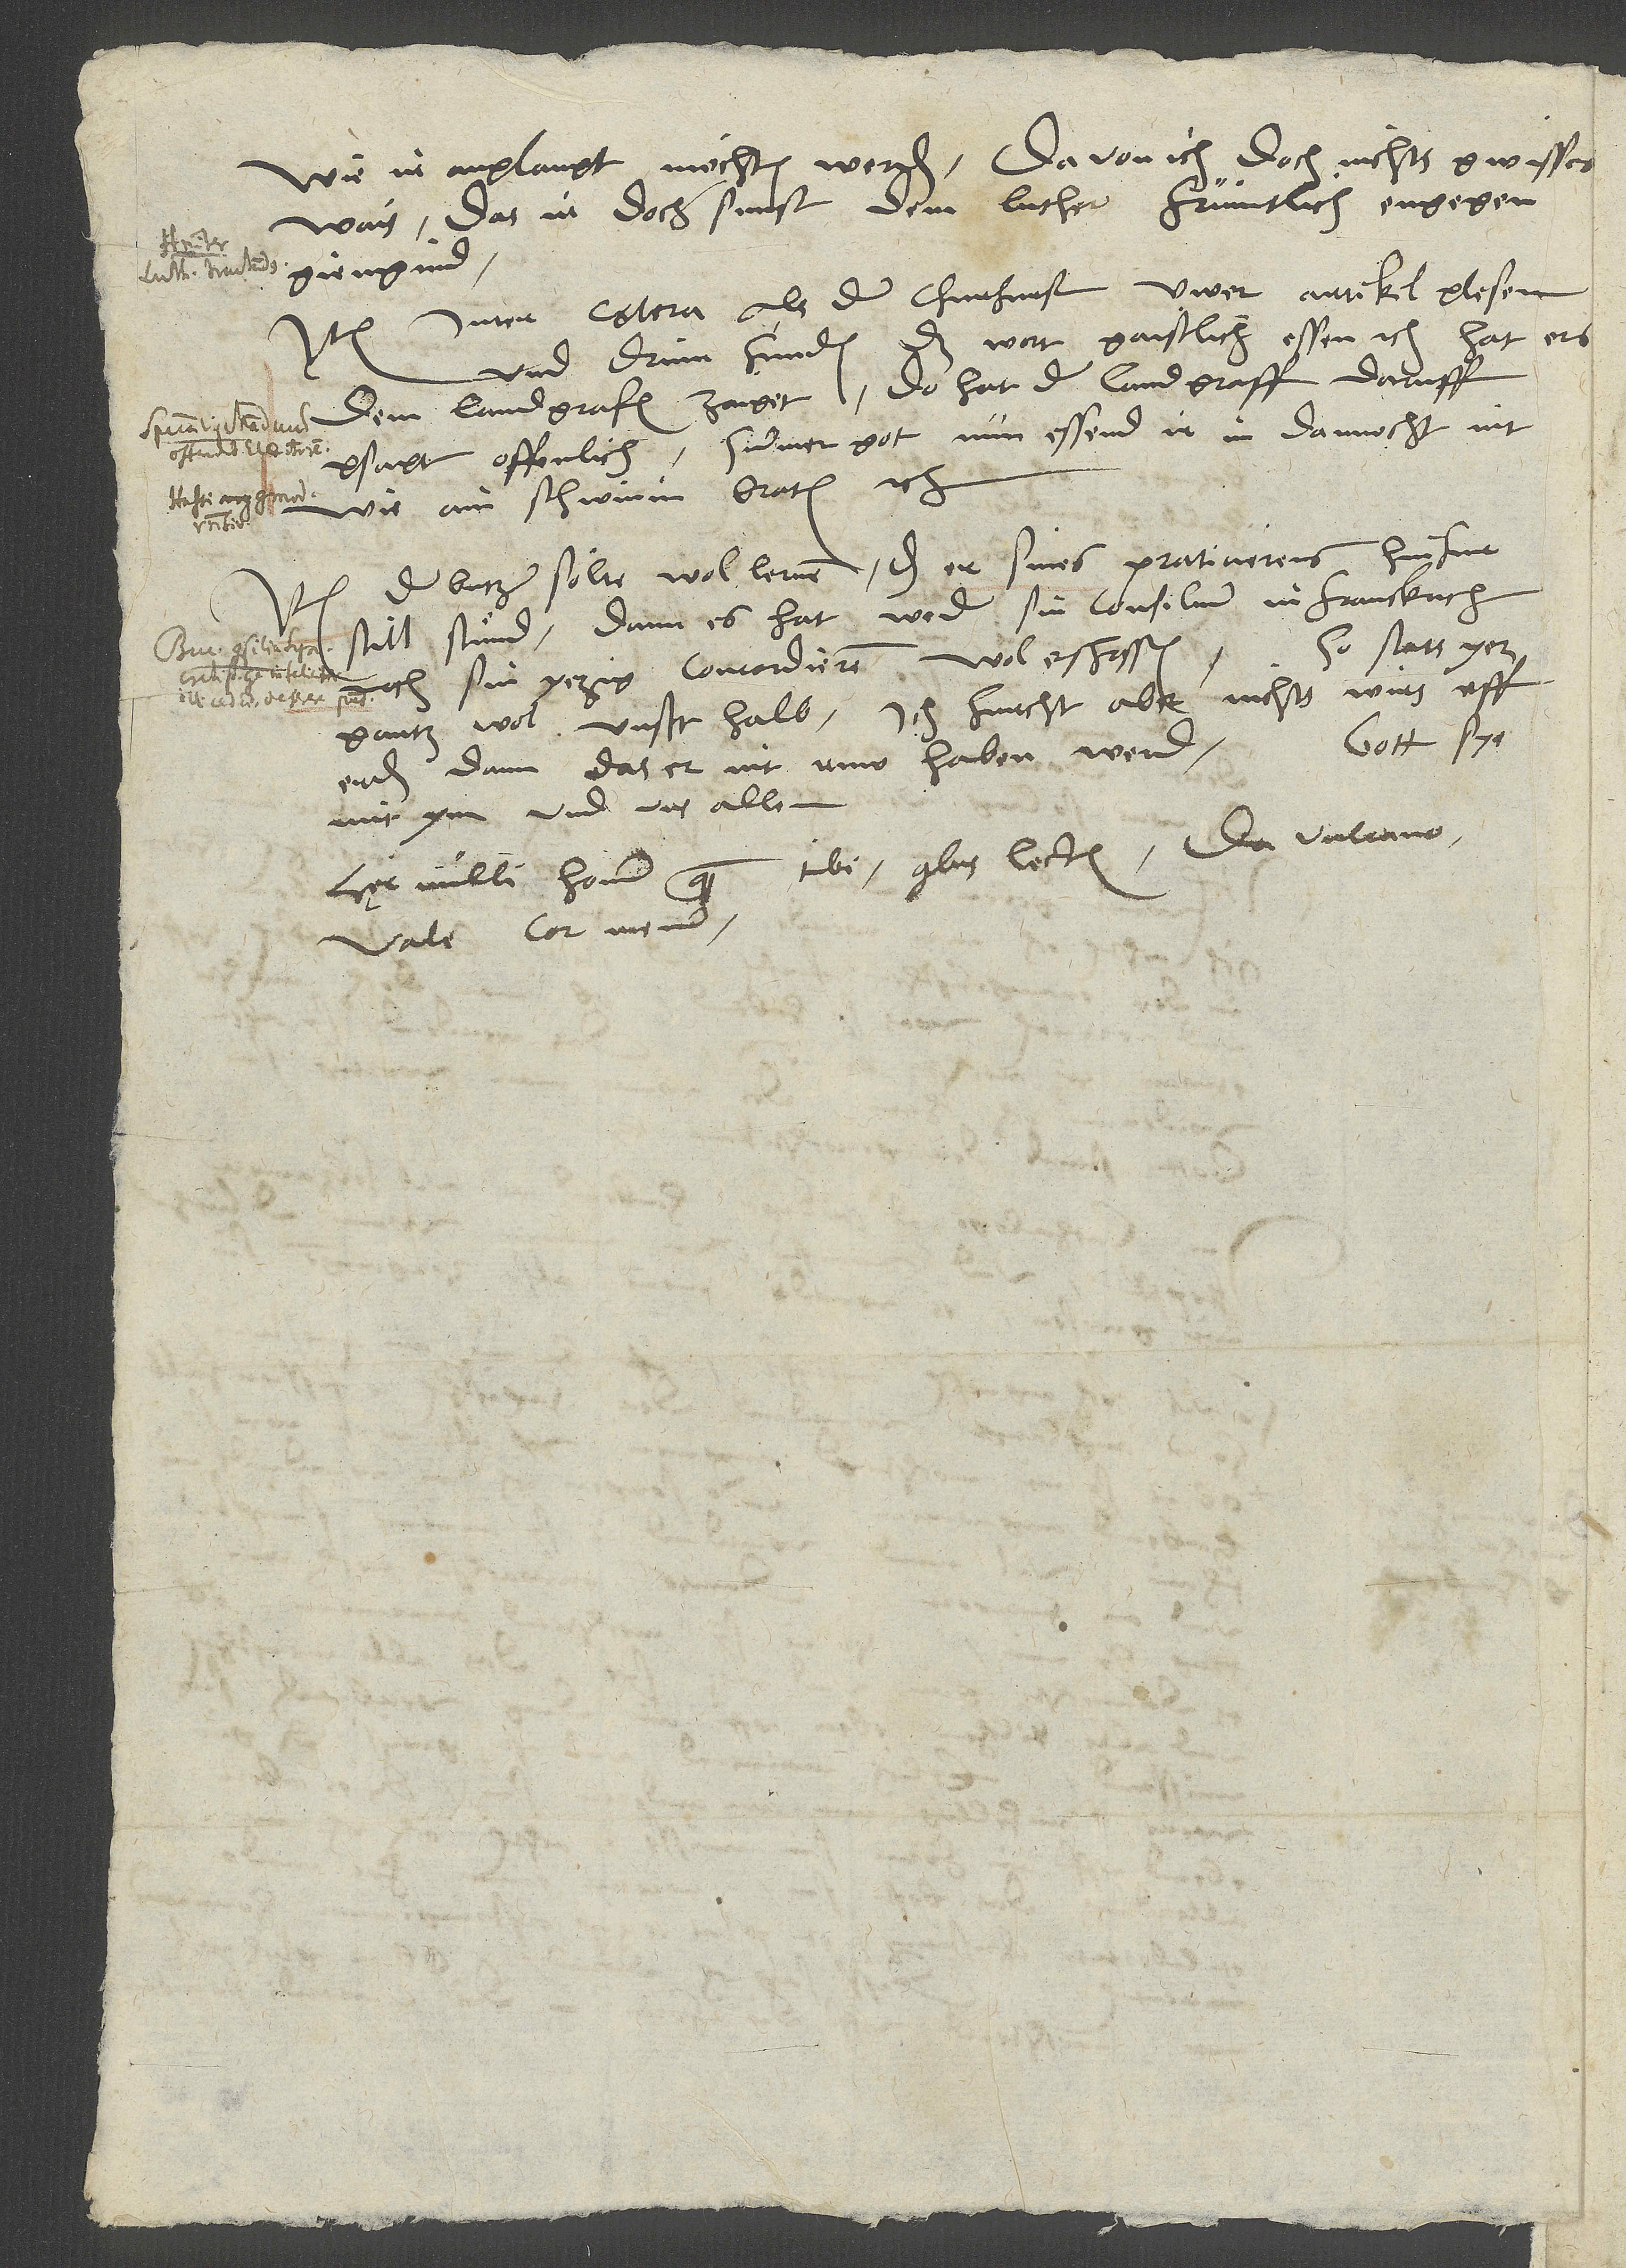
wie ir anglangt möchten werden, davon ich doch nichts gwisses
wais, das ir doch sunst dem Luther früntlich engegen
inter cętera: Als der churfürst uwer artikel glesen
und drinn funden das wort "gaistlich essen" etc., hat ers
dem landgrafen zaiget. Do hat der landgraff daruff
gsagt offenlich: "Summer got, nun essend ir in dannocht nit
wie ain schwinin braten" etc.
Item der Butzer sölte wol lernen, daß er sines praticierens hinfür
still stuͤnd, dann es hat weder sin consilium in Franckrich
So stats yez
noch sin yezig concordieren wol erschossen.
gantz wol unsethalb. Ich furcht aber nichts wirs uff
Gott sye
erden, dann das er nit ruw haben werd.
mit ym und uns allen.
tibi, quibus lectis da Vulcano.
Hęc nulli hominum quam
Vale, cor meum.